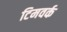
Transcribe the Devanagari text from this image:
टिमवर्क